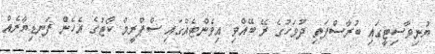
ޔުނިވާސިޓީގައި ބުރާސްފަތި ދުވަހުގެ ރޭ ބޭއްވި އިވެންޓެއްގައި ސްޕްރީމް ކޯޓުގެ އެހެން ފަނޑިޔާރެއް